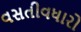
વસતીવધારો